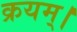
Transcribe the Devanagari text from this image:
क्रयम्।